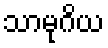
သာမုဂိယ